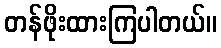
တန်ဖိုးထားကြပါတယ်။